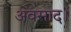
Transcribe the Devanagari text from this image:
अवसाद।